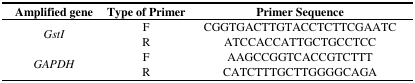
<table><thead><tr><td><b>Amplified gene</b></td><td><b>Type of Primer</b></td><td><b>Primer Sequence</b></td></tr></thead><tbody><tr><td rowspan="2"><i>GstI</i></td><td>F</td><td>CGGTGACTTGTACCTCTTCGAATC</td></tr><tr><td>R</td><td>ATCCACCATTGCTGCCTCC</td></tr><tr><td rowspan="2"><i>GAPDH</i></td><td>F</td><td>AAGCCGGTCACCGTCTTT</td></tr><tr><td>R</td><td>CATCTTTGCTTGGGGCAGA</td></tr></tbody></table>